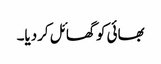
بھائی کو گھائل کردیا۔